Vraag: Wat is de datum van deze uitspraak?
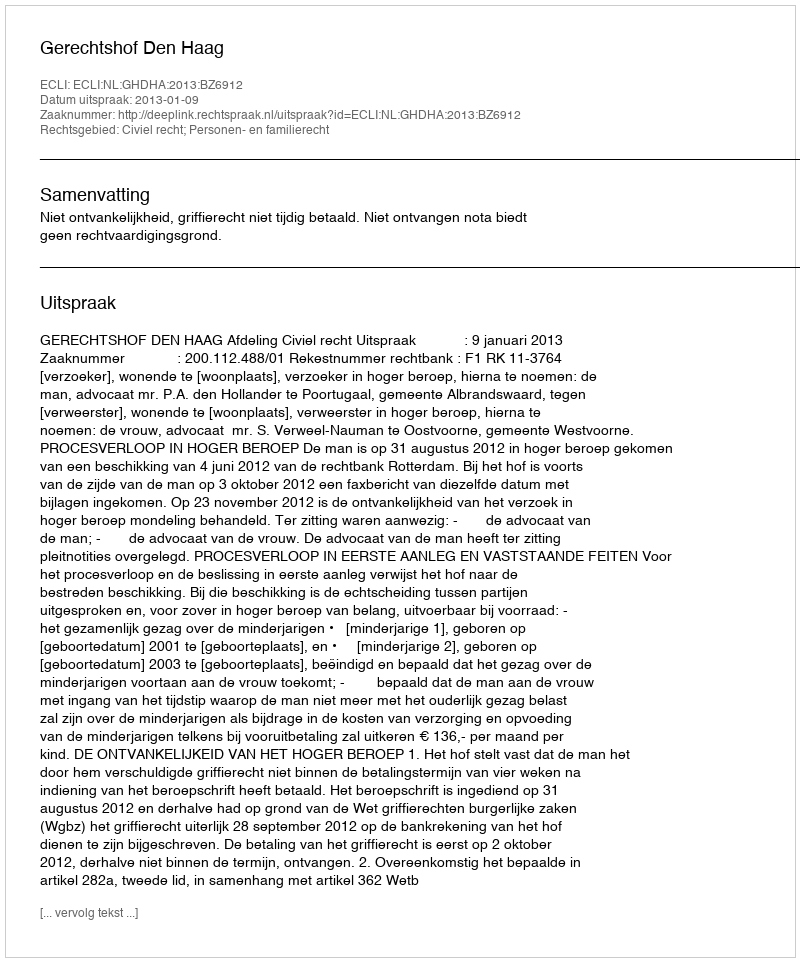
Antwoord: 2013-01-09